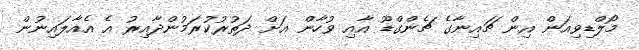
މޯލްޑިވިއަން އިން ޗައިނާގެ ޗެންގްޑޫ އާއި ވުހާން އަށް ދަތުރުކުރަމުންދާއިރު އެ އެއާލައިނުން